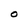
Character: O